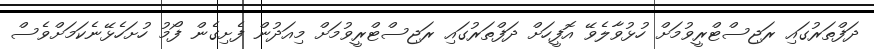
ދަފްތަރުގައި ރަޖިސްޓްރީވުމަށް ހުޅުވާލެވޭ އޮފީހަށް ދަފްތަރުގައި ރަޖިސްޓްރީވުމަށް މިއަދުން ފެށިގެން ފޯމު ހުށަހެޅޭނެކަމަށްވެސް